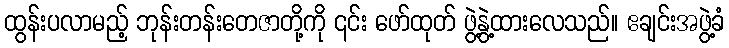
ထွန်းပလာမည့် ဘုန်းတန်းတေဇာတို့ကို ၎င်း ဖော်ထုတ် ဖွဲ့နွဲ့ထားလေသည်။ ဧချင်းအဖွဲ့ခံ